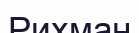
Рихман